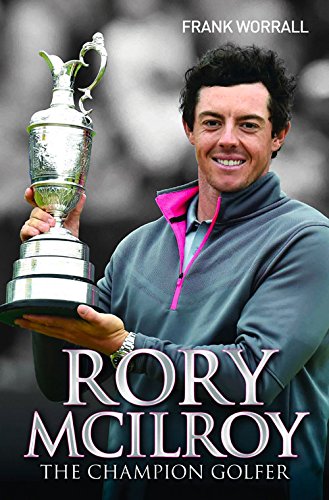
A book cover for Rory McIlroy: The Champion Golfer; Frank Worrall; Biographies & Memoirs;